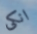
انكى